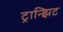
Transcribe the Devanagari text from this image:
ट्रान्झिट